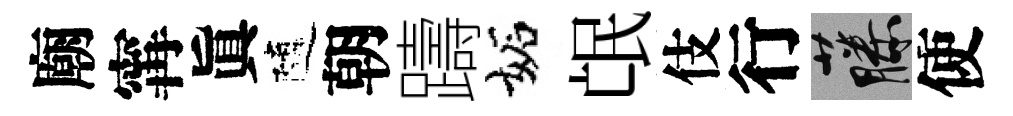
廟𡩋眞隨朝躊妬氓伎行藤使